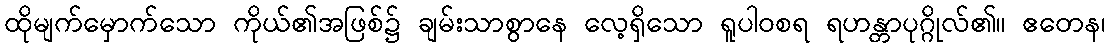
ထိုမျက်မှောက်သော ကိုယ်၏အဖြစ်၌ ချမ်းသာစွာနေ လေ့ရှိသော ရူပါဝစရ ရဟန္တာပုဂ္ဂိုလ်၏။ ဧတေန၊